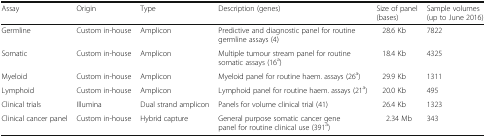
<table><thead><tr><td><b>Assay</b></td><td><b>Origin</b></td><td><b>Type</b></td><td><b>Description (genes)</b></td><td><b>Size of panel (bases)</b></td><td><b>Sample volumes (up to June 2016)</b></td></tr></thead><tbody><tr><td>Germline</td><td>Custom in-house</td><td>Amplicon</td><td>Predictive and diagnostic panel for routine germline assays (4)</td><td>28.6 Kb</td><td>7822</td></tr><tr><td>Somatic</td><td>Custom in-house</td><td>Amplicon</td><td>Multiple tumour stream panel for routine somatic assays (16<sup>a</sup>)</td><td>18.4 Kb</td><td>4325</td></tr><tr><td>Myeloid</td><td>Custom in-house</td><td>Amplicon</td><td>Myeloid panel for routine haem. assays (26<sup>a</sup>)</td><td>29.9 Kb</td><td>1311</td></tr><tr><td>Lymphoid</td><td>Custom in-house</td><td>Amplicon</td><td>Lymphoid panel for routine haem. assays (21<sup>a</sup>)</td><td>20.0 Kb</td><td>495</td></tr><tr><td>Clinical trials</td><td>Illumina</td><td>Dual strand amplicon</td><td>Panels for volume clinical trial (41)</td><td>26.4 Kb</td><td>1323</td></tr><tr><td>Clinical cancer panel</td><td>Custom in-house</td><td>Hybrid capture</td><td>General purpose somatic cancer gene panel for routine clinical use (391<sup>a</sup>)</td><td>2.34 Mb</td><td>343</td></tr></tbody></table>